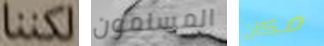
لكننا المسلمون مكان